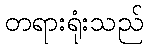
တရားရုံးသည်